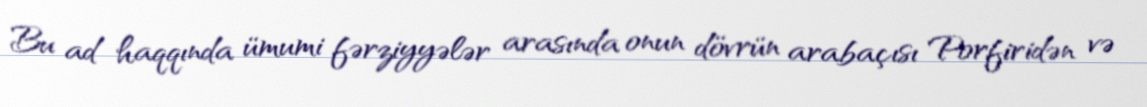
Bu ad haqqında ümumi fərziyyələr arasında onun dövrün arabaçısı Porfiridən və